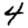
Digit: 4